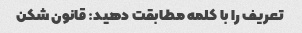
تعریف را با کلمه مطابقت دهید: قانون شکن